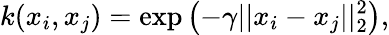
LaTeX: k(x_{i},x_{j})=\exp{\left(-\gamma||x_{i}-x_{j}||_{2}^{2}\right)},